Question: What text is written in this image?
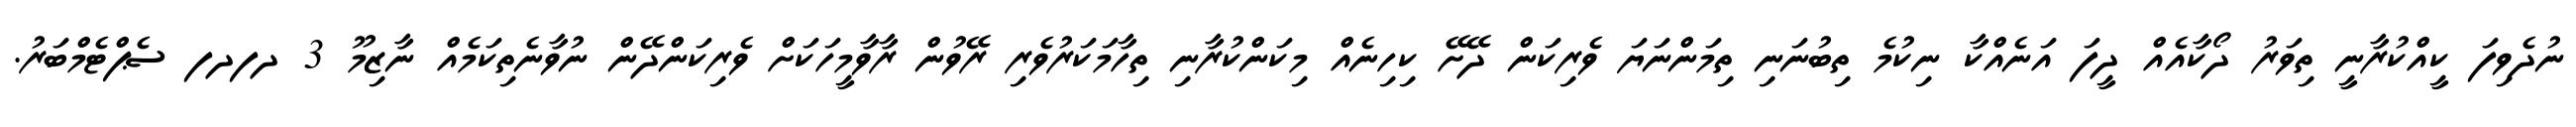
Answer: ނުދެވިފަ ކީއްކުރާނީ ތިވަރު ދޯކާއެއް ދީފަ އަނެއްކާ ނިކުމެ ތިބުނަނި ތިމަންނަޔަ ވެރިކަން ދޭށޭ ކިހިނެއް މިކަންކުރާނި ތިހާމަކަރުވެރި ރޭވުން ރާވާމީހަކަށް ވެރިކަންދޭން ނުވާނެތިކަމެއް ނާޒިމޫ 3 ދފދފ ސެޕްޓެމްބަރު.